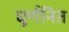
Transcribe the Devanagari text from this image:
घूर्णनित